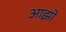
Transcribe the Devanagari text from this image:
आझो